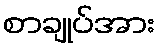
စာချုပ်အား